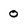
Character: 0